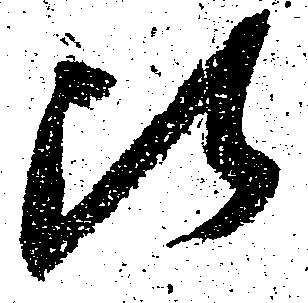
比